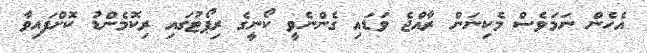
އެހެން ނަމަވެސް މެކިނަން ރާއްޖެ ވަޑައި ގެންނެވީ ކޯނީގެ ރިޕޯޓުގައި ރިކޮމެންޑު ކޮށްފައިވާ